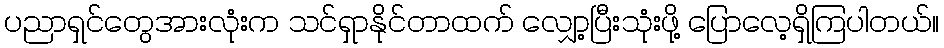
ပညာရှင်တွေအားလုံးက သင်ရှာနိုင်တာထက် လျှော့ပြီးသုံးဖို့ ပြောလေ့ရှိကြပါတယ်။